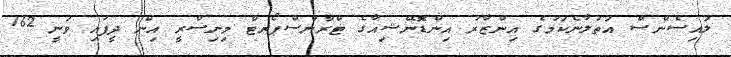
ލައިސެންސް އަތުލާނެކަމުގެ އިންޒާރު އިންޑޮނޭޝިއާގެ ޓްރާންސްޕޯރޓް މިނިސްރީ އިން ދީފައި ވަނީ 162